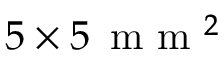
5 \times 5 \, \mathrm { ~ m ~ m ~ } ^ { 2 }